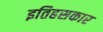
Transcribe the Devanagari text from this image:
इतिहसकार